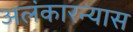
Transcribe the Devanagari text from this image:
अलंकारन्यास